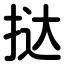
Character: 挞